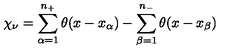
\chi _ { \nu } = \sum _ { \alpha = 1 } ^ { n _ { + } } \theta ( x - x _ { \alpha } ) - \sum _ { \beta = 1 } ^ { n _ { - } } \theta ( x - x _ { \beta } )